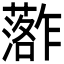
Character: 𮒏